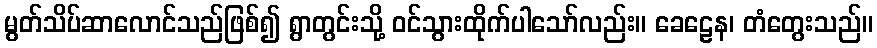
မွတ်သိပ်ဆာလောင်သည်ဖြစ်၍ ရွာတွင်းသို့ ဝင်သွားထိုက်ပါသော်လည်း။ ခေဠေန၊ တံတွေးသည်။